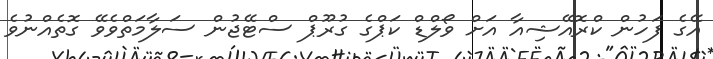
އޭގެ ފަހުން ކްރޮއޭޝިއާ އަށް ވޯލްޑް ކަޕްގެ ގުރޫޕް ސްޓޭޖުން ސަލާމަތްވެވޭ ގޮތެއްނުވެ